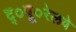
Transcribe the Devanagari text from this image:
द्०पू०रेलवे